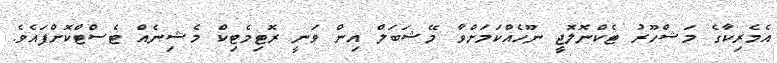
އެމެރިކާގެ މަޝްހޫރު ޓެކްނޮލޮޖީ ނޫހެއްކަމަށްވާ މޭޝަބަލް އިން ވަނީ ރޮޓިމެޓިކް މެޝިނެއް ޓެސްޓްކޮށްފައެވެ.